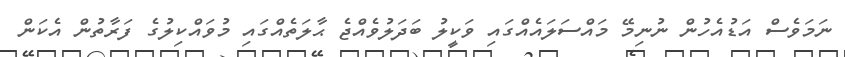
ނަމަވެސް އަޑުއެހުން ނުނިމޭ މައްސަލައެއްގައި ވަކީލު ބަދަލުވެއްޖެ ޙާލަތެއްގައި މުވައްކިލުގެ ފަރާތުން އެކަން